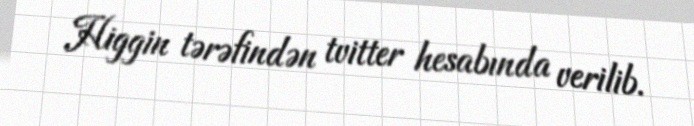
Higgin tərəfindən tvitter hesabında verilib.